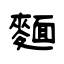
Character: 麵